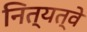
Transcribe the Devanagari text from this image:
नित्यत्वे